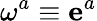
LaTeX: \mathbf{\omega}^{a}\equiv\mathbf{e}^{a}